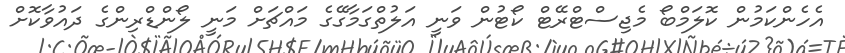
އެހެންކަމުން ކޮލަމްބޯ މެޖިސްޓްރޭޓް ކޯޓުން ވަނީ އަލުތްގަމާގޭގެ މައްޗަށް މަނީ ލޯންޑްރިންގެ ދައުވާކޮށް